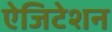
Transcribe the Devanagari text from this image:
ऐजिटेशन